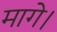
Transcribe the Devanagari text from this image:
मागे।